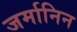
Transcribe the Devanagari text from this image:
जर्मानिन